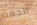
الحفظ